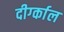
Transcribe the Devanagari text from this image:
दीर्ग्काल